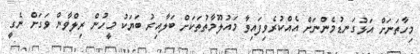
މިހާތަނަށް އަޅުގަނޑުމެންނަށް އެއްކުރެވިފައިވާ މައުލޫމާތުތަކަށް ބަލާއިރު ބަޔަކު މީހުން ރިލްވާން ވަގަށް ނެގީ